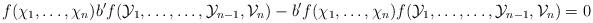
LaTeX: \begin{align*} f(\chi_1,\ldots,\chi_n)b^{\prime}f(\mathcal{Y}_1,\ldots,\ldots,\mathcal{Y}_{n-1},\mathcal{V}_n) - b^{\prime}f(\chi_1,\ldots,\chi_n)f(\mathcal{Y}_1,\ldots,\ldots,\mathcal{Y}_{n-1},\mathcal{V}_n) =0 \end{align*}